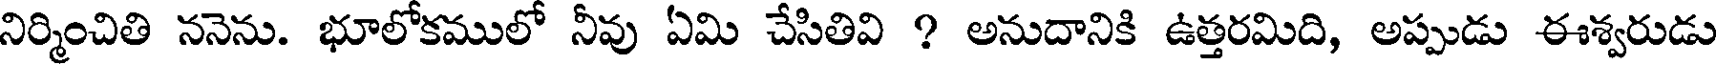
నిర్మించితి ననెను. భూలోకములో నీవు ఏమి చేసితివి ? అనుదానికి ఉత్తరమిది, అప్పుడు ఈశ్వరుడు